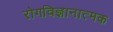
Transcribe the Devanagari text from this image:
रोगविज्ञानात्मक